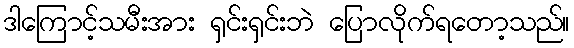
ဒါကြောင့်သမီးအား ရှင်းရှင်းဘဲ ပြောလိုက်ရတော့သည်။